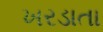
ખરડાતા